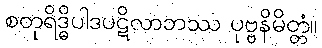
စတုရိဒ္ဓိပါဒပဋိလာဘဿ ပုဗ္ဗနိမိတ္တံ။